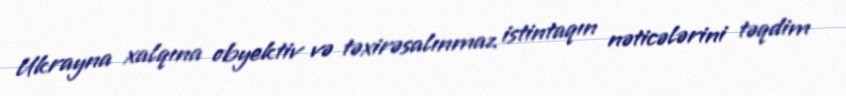
Ukrayna xalqına obyektiv və təxirəsalınmaz istintaqın nəticələrini təqdim